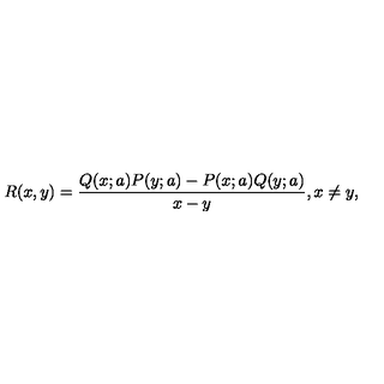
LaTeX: R ( x , y ) = { \frac { Q ( x ; a ) P ( y ; a ) - P ( x ; a ) Q ( y ; a ) } { x - y } } , x \neq y ,